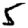
Digit: 5